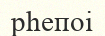
рһепоі